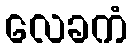
လေခကံ